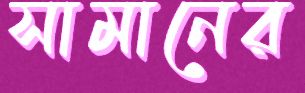
সামানের